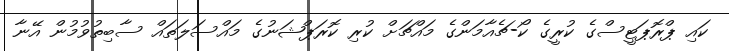
ކައި ޕްރޮޕަޓީސްގެ ކުރީގެ ކޯ-ޗެއާމަންގެ މައްޗަށް ކުރި ކޮރަޕްޝަނުގެ މައްސަލަތައް ސާބިތުވުމުން އޭނާ